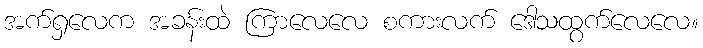
အက်ရှလေက အခန်းထဲ ကြာလေလေ စကားလက် ဒေါသထွက်လေလေ။